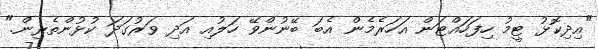
"އިދިކޮޅު ޓީމު ހިފަހައްޓަން އަހަރެމެން އެބަ ބޭނުންވޭ ހަލުއި އަދި ވަރުގަދަ ކުޅުންތެރިން."